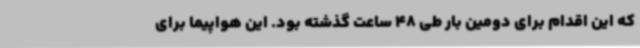
که این اقدام برای دومین بار طی 48 ساعت گذشته بود. این هواپیما برای